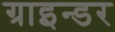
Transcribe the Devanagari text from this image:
ग्राइन्डर